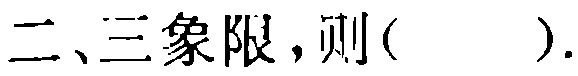
二、三象限，则( ) .